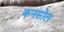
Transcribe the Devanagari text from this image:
कनसोल